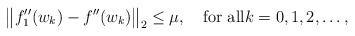
LaTeX: \begin{align*} \bigl\|f''_1(w_k)-f''(w_k)\bigr\|_2\leq\mu, \quad\mbox{for all}k=0,1,2,\ldots,\end{align*}